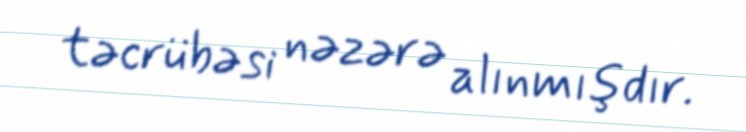
təcrübəsi nəzərə alınmışdır.